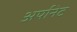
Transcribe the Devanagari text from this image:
अर्पानेट